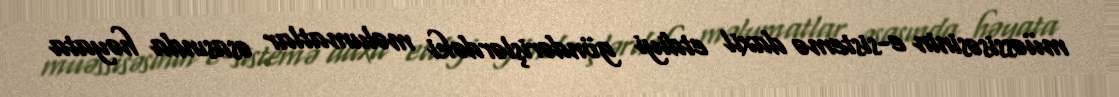
müəssisəsinin e-sistemə daxil etdiyi göndərişlərdəki məlumatlar əsasında həyata